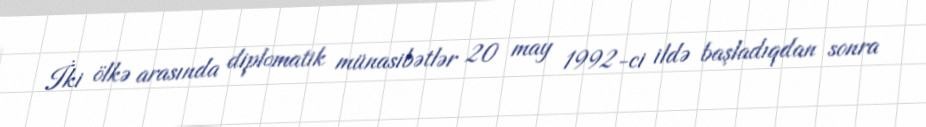
İki ölkə arasında diplomatik münasibətlər 20 may 1992-ci ildə başladıqdan sonra